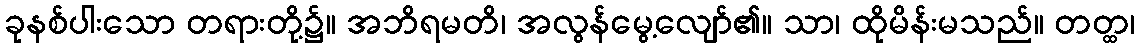
ခုနစ်ပါးသော တရားတို့၌။ အဘိရမတိ၊ အလွန်မွေ့လျော်၏။ သာ၊ ထိုမိန်းမသည်။ တတ္ထ၊